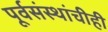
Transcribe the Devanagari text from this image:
पूर्वसंस्थांचीही